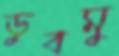
ডুবমু